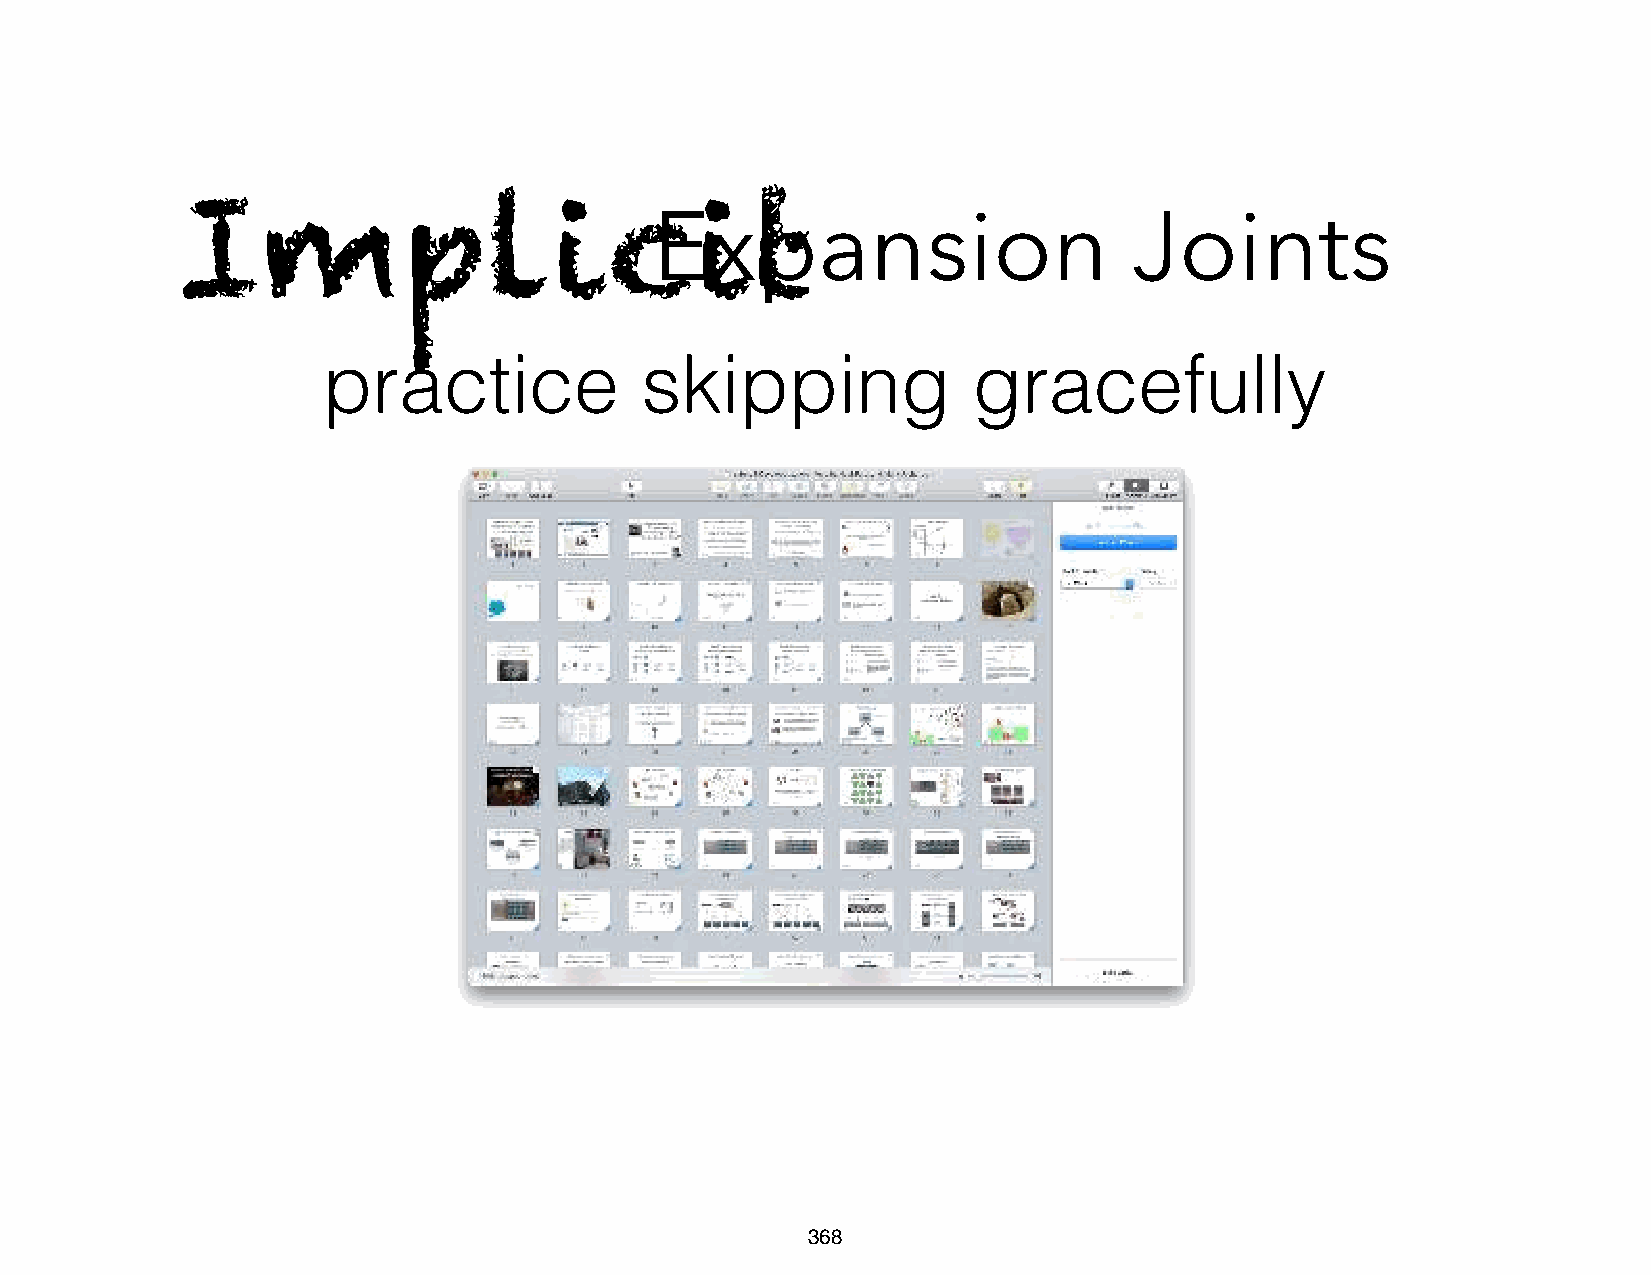
Expansion                       Joints
 Implicit
 practice             skipping              gracefully
 368